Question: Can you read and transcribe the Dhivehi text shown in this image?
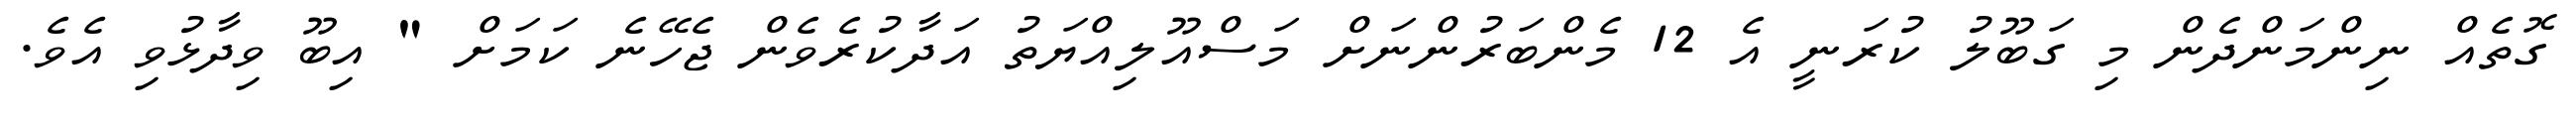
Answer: ގޮތެއް ނިންމަންދެން މި ގަބޫލު ކުރަނީ އެ 12 މެންބަރުންނަށް މަސްއޫލިއްޔަތު އަދާކުރެވެން ޖެހޭނެ ކަމަށް " އިބޫ ވިދާޅުވި އެވެ.